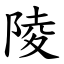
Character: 陵